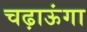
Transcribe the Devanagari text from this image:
चढ़ाऊंगा